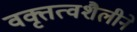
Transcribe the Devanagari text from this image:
वक्तृत्वशैलीने